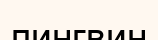
пингвин